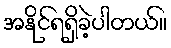
အနိုင်ရရှိခဲ့ပါတယ်။